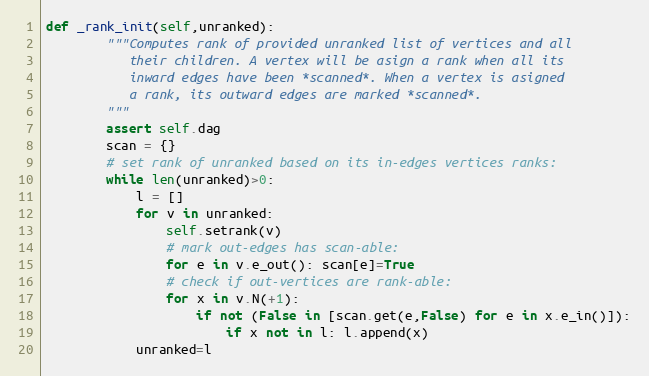
Language: Python
def _rank_init(self,unranked):
        """Computes rank of provided unranked list of vertices and all
           their children. A vertex will be asign a rank when all its
           inward edges have been *scanned*. When a vertex is asigned
           a rank, its outward edges are marked *scanned*.
        """
        assert self.dag
        scan = {}
        # set rank of unranked based on its in-edges vertices ranks:
        while len(unranked)>0:
            l = []
            for v in unranked:
                self.setrank(v)
                # mark out-edges has scan-able:
                for e in v.e_out(): scan[e]=True
                # check if out-vertices are rank-able:
                for x in v.N(+1):
                    if not (False in [scan.get(e,False) for e in x.e_in()]):
                        if x not in l: l.append(x)
            unranked=l